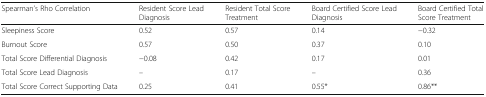
<table><thead><tr><td><b>Spearman’s Rho Correlation</b></td><td><b>Resident Score Lead Diagnosis</b></td><td><b>Resident Total Score Treatment</b></td><td><b>Board Certified Score Lead Diagnosis</b></td><td><b>Board Certified Total Score Treatment</b></td></tr></thead><tbody><tr><td>Sleepiness Score</td><td>0.52</td><td>0.57</td><td>0.14</td><td>−0.32</td></tr><tr><td>Burnout Score</td><td>0.57</td><td>0.50</td><td>0.37</td><td>0.10</td></tr><tr><td>Total Score Differential Diagnosis</td><td>−0.08</td><td>0.42</td><td>0.17</td><td>0.01</td></tr><tr><td>Total Score Lead Diagnosis</td><td>–</td><td>0.17</td><td>–</td><td>0.36</td></tr><tr><td>Total Score Correct Supporting Data</td><td>0.25</td><td>0.41</td><td>0.55*</td><td>0.86**</td></tr></tbody></table>